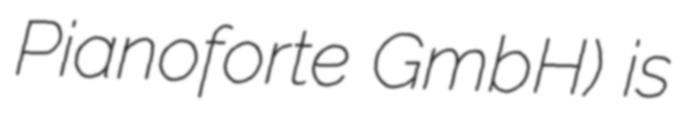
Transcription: Pianoforte GmbH) is